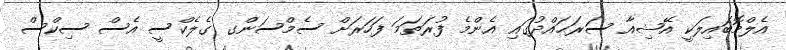
އެލްމޮބައިލަކީ އޭޝިއާ ސަރަޙައްދުގައި އެންމެ ފުރަތަމަ ފަހަރަށް ސެމްސަންގ ގެލެކްސީ އެސް ސިކްސް